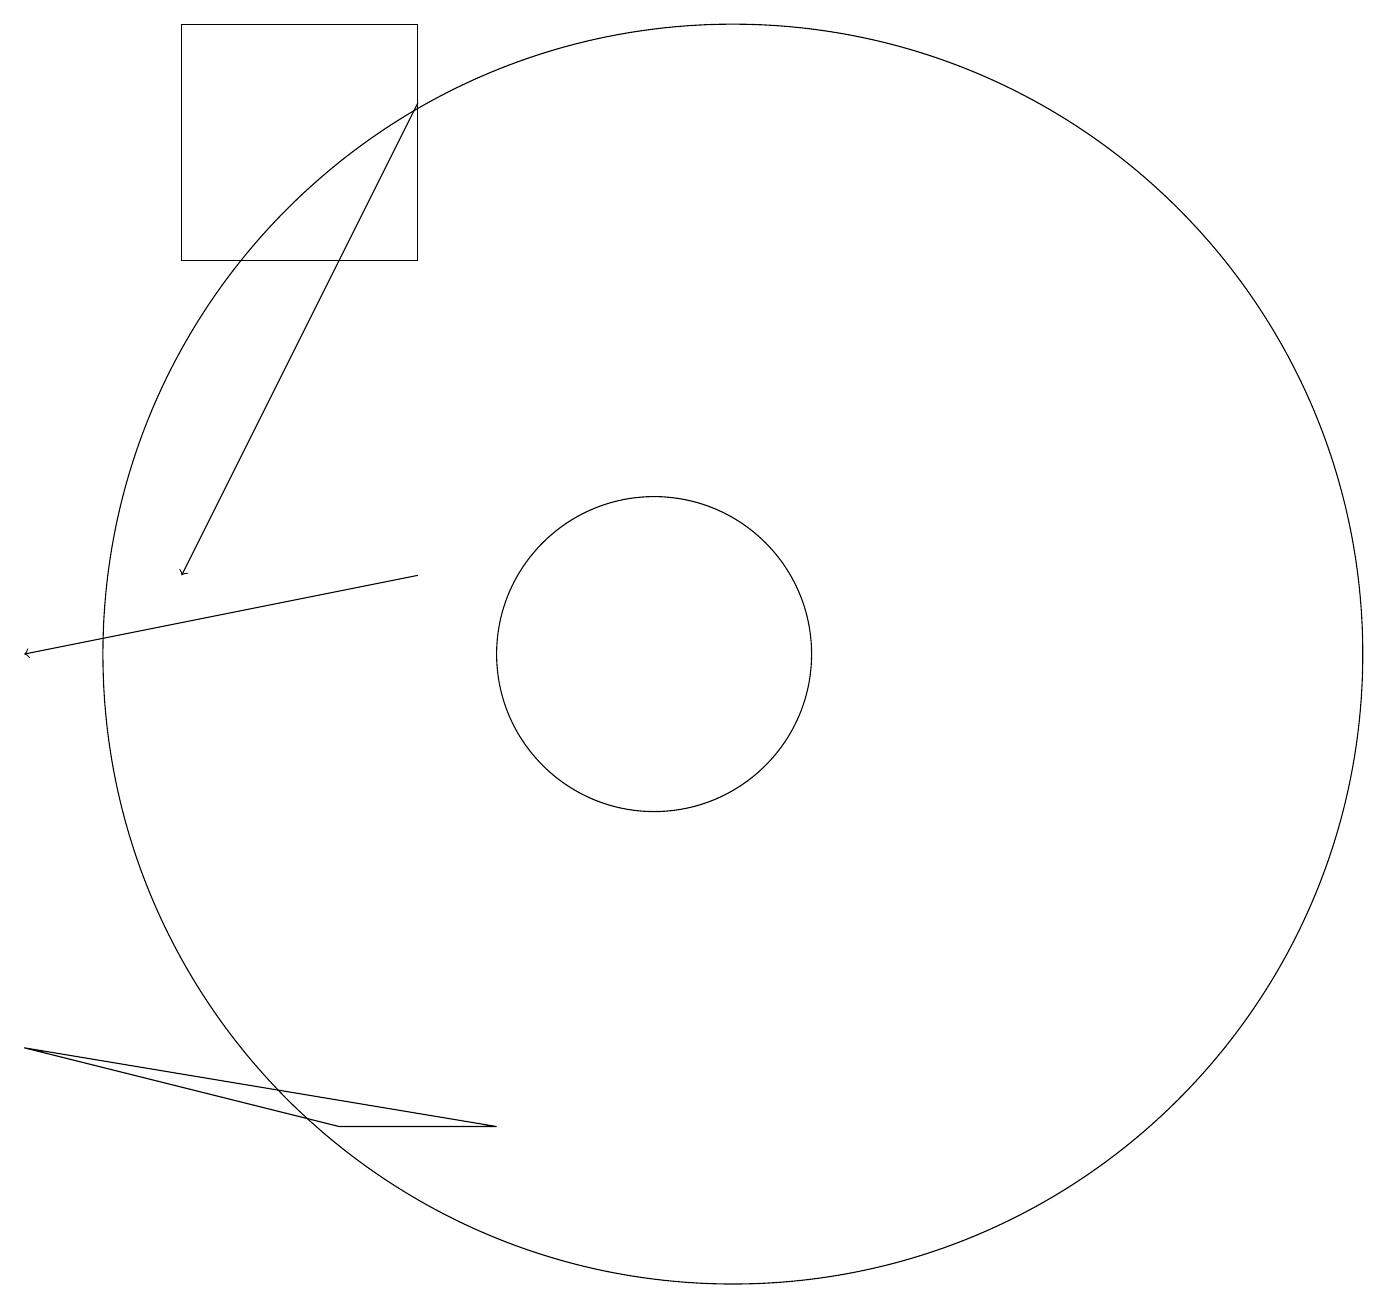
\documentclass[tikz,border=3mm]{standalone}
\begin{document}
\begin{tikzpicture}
\draw (10,10) circle (2);
\draw (4,18) rectangle (7,15);
\draw[->] (7,17) -- (4,11);
\draw[->] (7,11) -- (2,10);
\draw (11,12) circle (0);
\draw (11,10) circle (8);
\draw (6,4) -- (2,5) -- (8,4) -- cycle;
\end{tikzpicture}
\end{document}